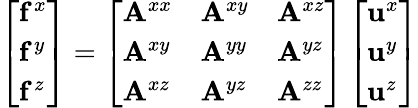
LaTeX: \left[\begin{array}{l}{\mathbf{f}^{x}}\\ {\mathbf{f}^{y}}\\ {\mathbf{f}^{z}}\end{array}\right]=\left[\begin{array}{lll}{\mathbf{A}^{xx}}&{\mathbf{A}^{xy}}&{\mathbf{A}^{xz}}\\ {\mathbf{A}^{xy}}&{\mathbf{A}^{yy}}&{\mathbf{A}^{yz}}\\ {\mathbf{A}^{xz}}&{\mathbf{A}^{yz}}&{\mathbf{A}^{zz}}\end{array}\right]\left[\begin{array}{l}{\mathbf{u}^{x}}\\ {\mathbf{u}^{y}}\\ {\mathbf{u}^{z}}\end{array}\right]